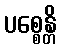
ပစ္စေန္တိ